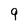
Character: 9